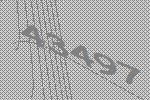
43497